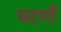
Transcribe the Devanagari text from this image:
घटगाँ